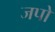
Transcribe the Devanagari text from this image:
जपो